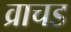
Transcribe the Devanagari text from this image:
व्राचड